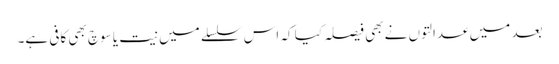
بعد میں عدالتوں نے بھی فیصلہ کیا کہ اس سلسلے میں نیت یا سوچ بھی کافی ہے۔